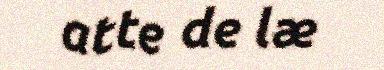
atte de læ